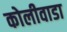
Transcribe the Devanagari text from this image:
कोलीवाडा